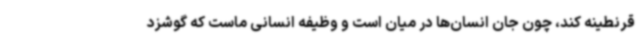
قرنطینه کند، چون جان انسان‌ها در میان است و وظیفه انسانی ماست که گوشزد